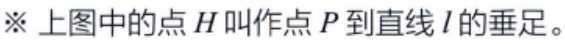
※ 上图中的点 \(H\) 叫作点 \(P\) 到直线 \(l\) 的垂足。